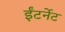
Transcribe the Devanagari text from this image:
ईंटर्नेट